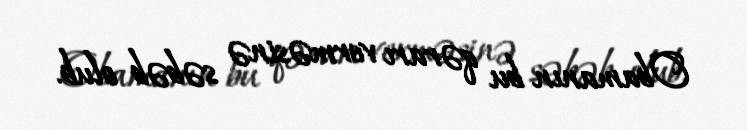
Obamanın bu qərarı verməsinə səbəb olub.